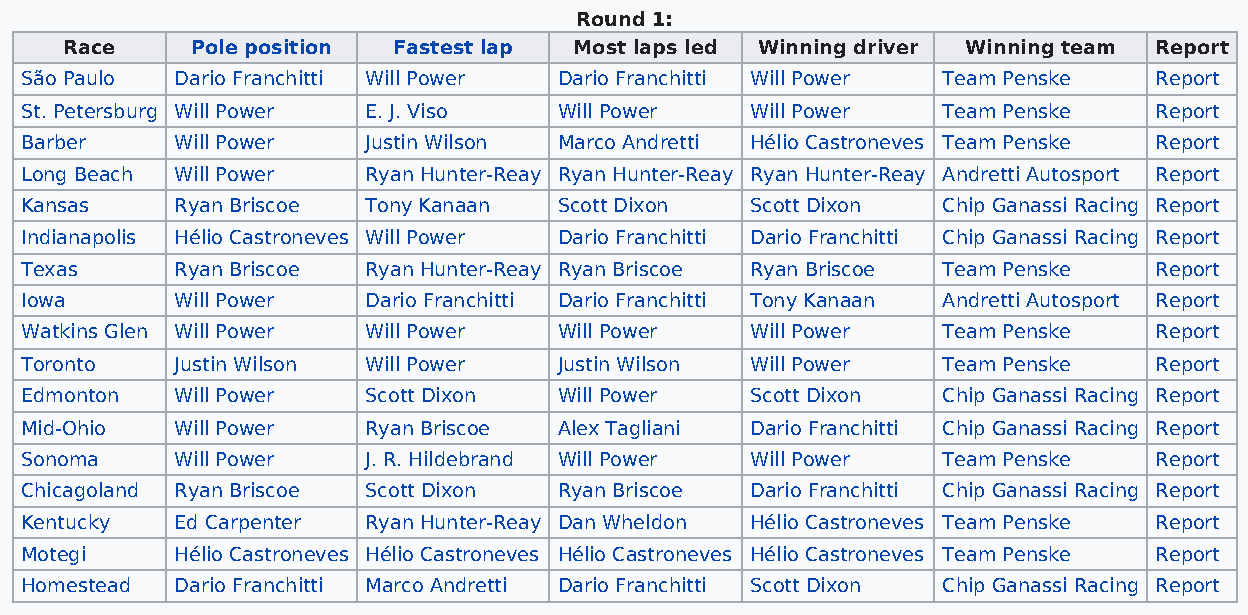
Round 1:
 Race     Pole position Fastest lap Most laps led Winning driver Winning team Report
 São Paulo  Dario Franchitti Will Power Dario Franchitti Will Power Team Penske Report
 St. Petersburg Will Power E. J. Viso Will Power  Will Power  Team Penske   Report
 Barber     Will Power  Justin Wilson Marco Andretti Hélio Castroneves Team Penske Report
 Long Beach Will Power  Ryan Hunter-Reay Ryan Hunter-Reay Ryan Hunter-Reay Andretti Autosport Report
 Kansas     Ryan Briscoe Tony Kanaan Scott Dixon  Scott Dixon Chip Ganassi Racing Report
 Indianapolis Hélio Castroneves Will Power Dario Franchitti Dario Franchitti Chip Ganassi Racing Report
 Texas      Ryan Briscoe Ryan Hunter-Reay Ryan Briscoe Ryan Briscoe Team Penske Report
 Iowa       Will Power  Dario Franchitti Dario Franchitti Tony Kanaan Andretti Autosport Report
 Watkins Glen Will Power Will Power  Will Power   Will Power  Team Penske   Report
 Toronto    Justin Wilson Will Power Justin Wilson Will Power Team Penske   Report
 Edmonton   Will Power  Scott Dixon  Will Power   Scott Dixon Chip Ganassi Racing Report
 Mid-Ohio   Will Power  Ryan Briscoe Alex Tagliani Dario Franchitti Chip Ganassi Racing Report
 Sonoma     Will Power  J. R. Hildebrand Will Power Will Power Team Penske  Report
 Chicagoland Ryan Briscoe Scott Dixon Ryan Briscoe Dario Franchitti Chip Ganassi Racing Report
 Kentucky   Ed Carpenter Ryan Hunter-Reay Dan Wheldon Hélio Castroneves Team Penske Report
 Motegi     Hélio Castroneves Hélio Castroneves Hélio Castroneves Hélio Castroneves Team Penske Report
 Homestead  Dario Franchitti Marco Andretti Dario Franchitti Scott Dixon Chip Ganassi Racing Report